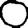
Digit: 0